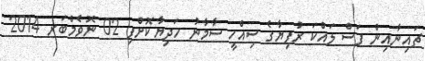
ޗައިނާއިން ފަސް ލައްކަ ރުފިޔާގެ ސިއްހީ ސާމާނު ހަދިޔާކޮށްފި 02 ނޮވެމްބަރ 2014